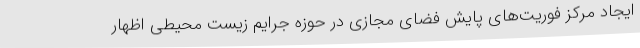
ایجاد مرکز فوریت‌های پایش فضای مجازی در حوزه جرایم زیست محیطی اظهار